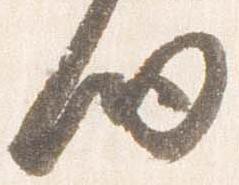
細